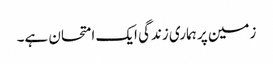
زمین پر ہماری زندگی ایک امتحان ہے۔